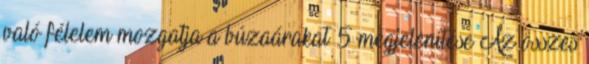
való félelem mozgatja a búzaárakat 5 megjelenítése Az összes